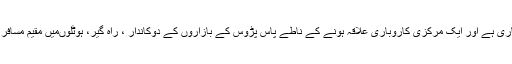
افطار کا یہ اجتماعی عمل یہاں کئی برسوں سے جاری ہے اور ایک مرکزی کاروباری علاقہ ہونے کے ناطے پاس پڑوس کے بازاروں کے دوکاندار ، راہ گیر، ہوٹلوںمیں مقیم مسافر اور مقامی لوگ، اس انتظام سے استفادہ کرتے ہیں۔